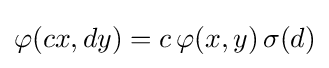
\varphi (cx,dy)=c\,\varphi (x,y)\,\sigma (d)